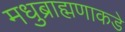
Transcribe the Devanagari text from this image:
मधुब्राह्मणाकडे